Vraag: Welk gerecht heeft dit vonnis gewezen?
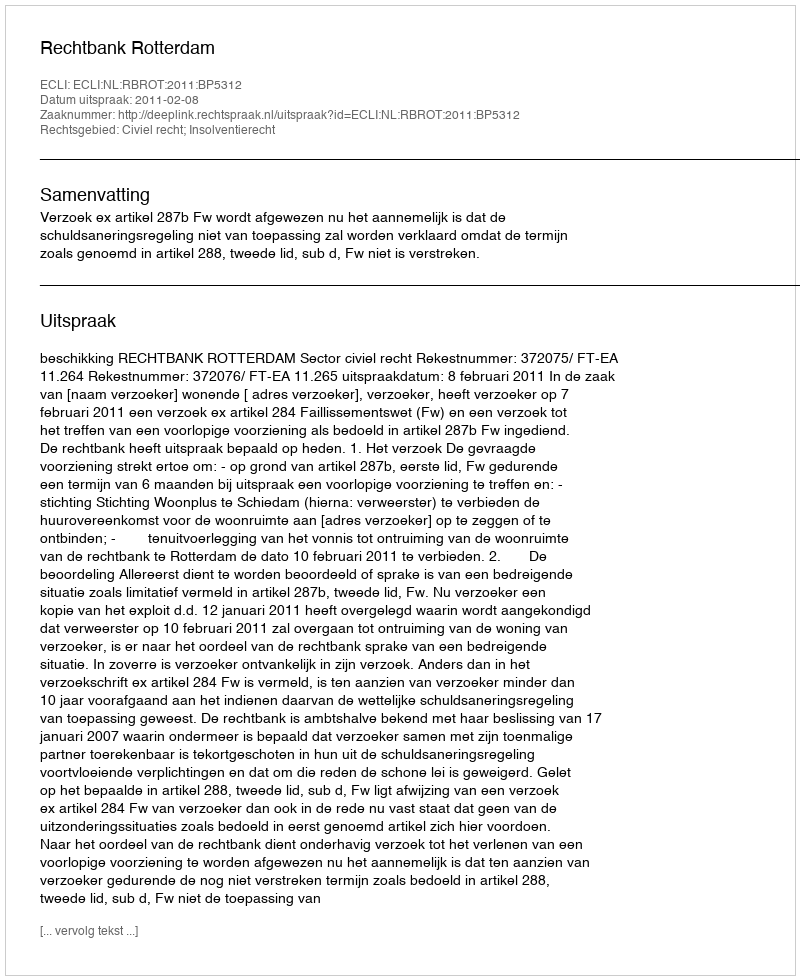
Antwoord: Rechtbank Rotterdam